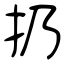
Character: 扔